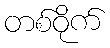
တစ်ဝိုက်